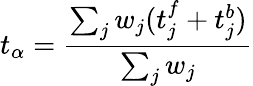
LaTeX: t_{\alpha}=\frac{\sum_{j}w_{j}(t_{j}^{f}+t_{j}^{b})}{\sum_{j}w_{j}}